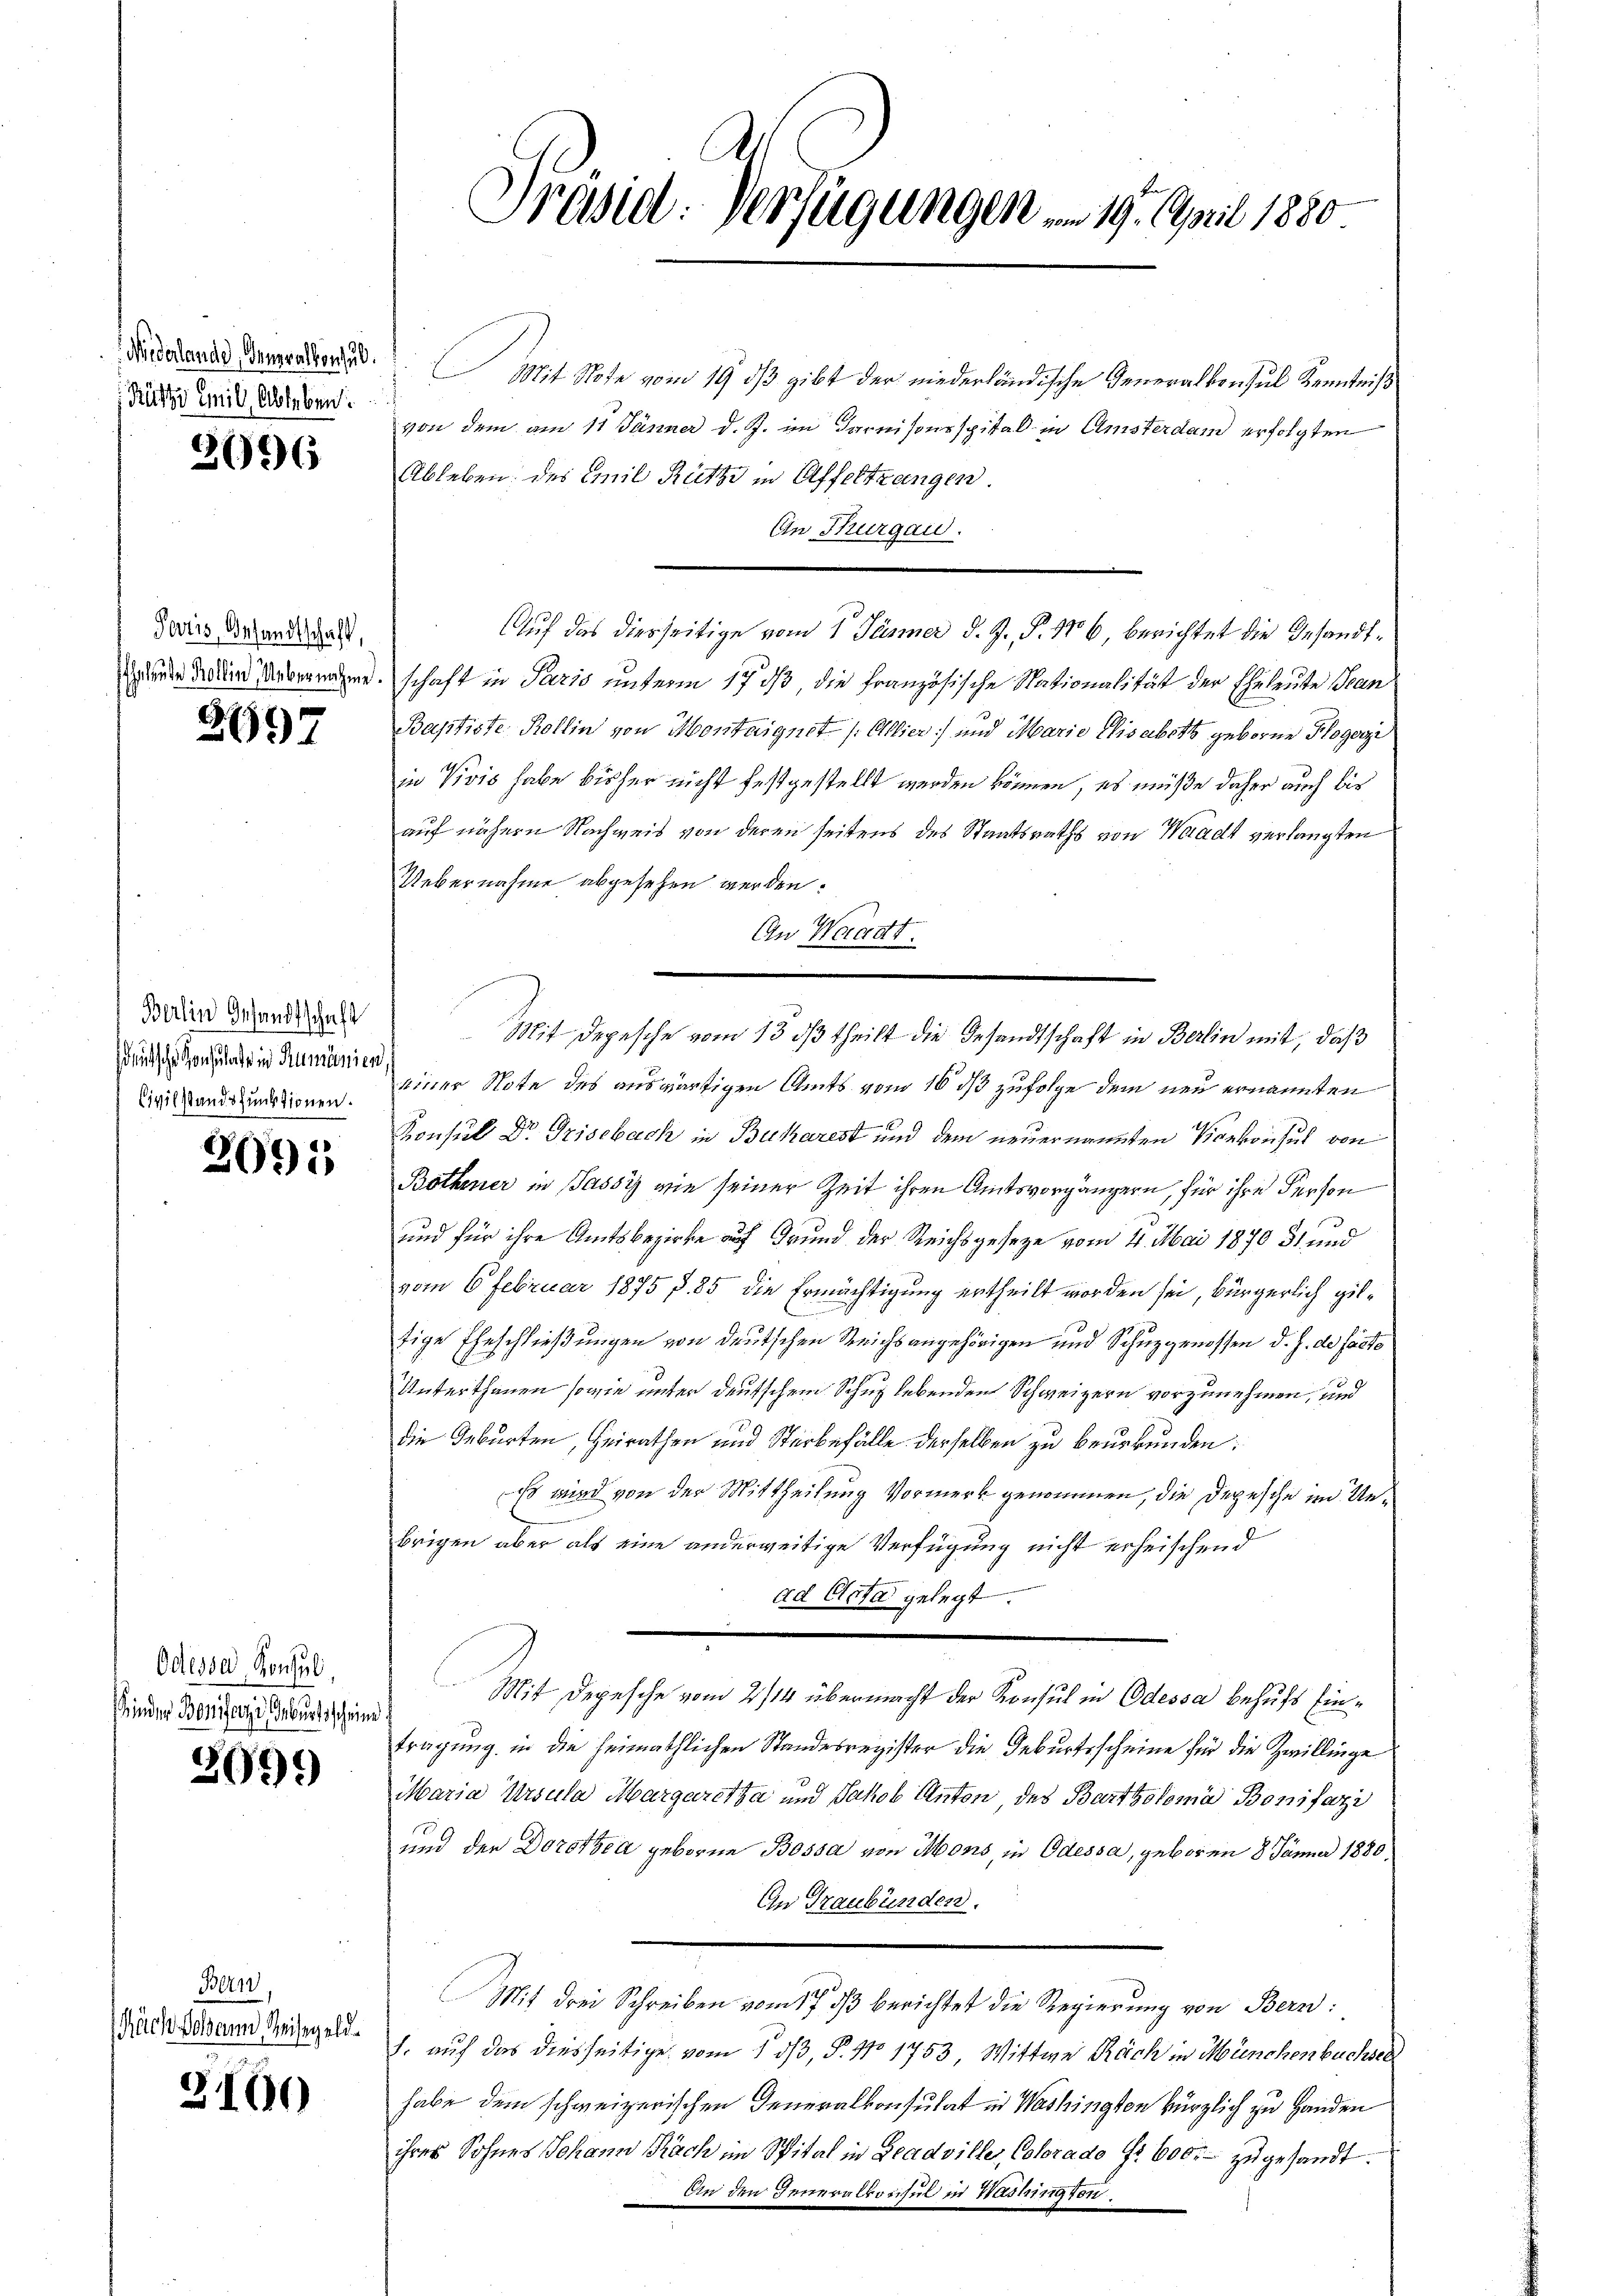
Rütte Emil Ableben

3696

Portis, Gesandtschaft,
Eheleute Kollin, Uebernahme.

2697

Berlin Gesandtschaft
sdeutsche Konsulate in Rumänien,
Civilstandsfunktionen.

2095

Odessa Konsul,
Sinder Benferen Geburtsschein

3099

Bern,
Rüch Johann, Reisegeld.

3160

Präsid: Verfügungen u. 19. April 1880

Finderendes Bergraten Mit Note vom 19. dß gibt der niederländische Generalkonsul Kenntniß
von dem am 11. Jänner d. J. im Garnisonsspital in Amsterdam erfolgten
Ableben; des Emil Rütze in Affeltrangen.
An Thurgau.
Auf das diesseitige vom 1. Jänner d. J. P. 16, berichtet die Gesandtschaft in Paris unterm 17 dß, die Französische Nationalität der Eheleute Bean
Baptiste Kollin von Montaignet /: Allier und Marie Elisabett geborene Flogerzi
in Vivis habe bisher nicht festgestellt werden können, es müße daher auch bis
auf nähern Nachweis von deren seitens des Staatsraths von Waadt verlangten
Uebernahme abgesehen werden.
An Waadt.
einer Note des auswärtigen Amts vom 16 ds zufolge dem neu ernannten
Konsul Dr. Grisebach in Bucharest und dem neuernannten Vicekonhut von
Bothmer in Jassy wie seiner Zeit ihren Amtsvorgängern, für ihre Person
und für ihre Amtsbezirke auf Grund der Reichsgesetze vom 21. Mai 1870 31 und
vom 6 Februar 1875 § 85 die Ermächtigung ertheilt worden sei, bürgerlich giltige Eheschließungen von deutschen Reichsangehörigen und Schuzgenossen d. J. de facto
Unterthanen sowie unter deutschem Schug lebenden Schweizern vorzunehmen, und
die Geburten, Heirathen und Sterbefälle derselben zu beurkunden;
Es wird von der Mittheilung Vormerk genommen, die Depesche in Unbrigen aber als eine anderweitige Verfügung nicht erheischend
ad Acta gelegt.
Mit Depesche vom 2/14 übermacht der Konsul in Odessa behufs Eintragung in die heimathlichen Standesregister die Geburtsscheine für die Zwillinge
Maria Ursula Margaretha und Jakob Anton, des Bartholoma Bonifazi
und der Dorothea geboren Bossa von Mons, in Odessa, geboren 8 Jänner 1880,
In Graubünden.
Mit drei Schreiben vom 17. ds berichtet die Regierung von Bern:
J. auf das diesseitige vom 1 dβ, P. No 1753 Wittwe Räch in Münchenbuchsel
habe dem schweizerischen Generalkonsulat in Washington kürzlich zu Handen
ihres Sohnes Johann Nach im Spital in Beadviller, Colorado Fr. 600. zugesandt.
An den Generalkonsul in Washington

Mit Depesche vom 13. ds theilt die Gesandtschaft in Berlin mit, daß